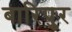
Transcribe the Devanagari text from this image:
बारिपुर